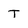
Character: T